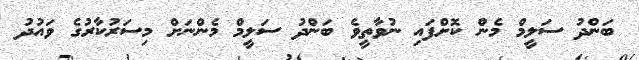
ބަންދު ސަލީމް މެން ކޮށްފައި ނުވާތީވެ ބަންދު ސަލީމް މެންނަށް މިސަރުކާރުގެ ވައުދު